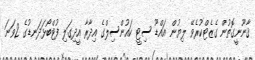
ޤާނޫނީގޮތުން ގެޒެޓްކުރެވޭ ލިޔުން އައްޑޫ ސިޓީ ކައުންސިލްގެ އިދާރާ އީދިގަލި ފުޓްބޯޅަދަނޑުގެ 2ވަނަ